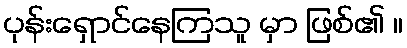
ပုန်းရှောင်နေကြသူ မှာ ဖြစ်၏ ။